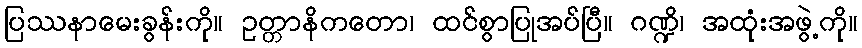
ပြဿနာမေးခွန်းကို။ ဥတ္တာနိကတော၊ ထင်စွာပြုအပ်ပြီ။ ဂဏ္ဍိ၊ အထုံးအဖွဲ့ကို။